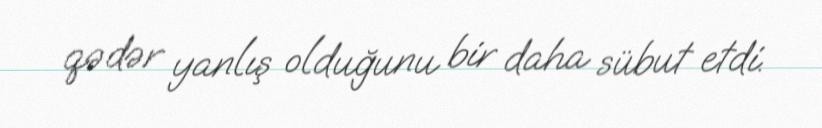
qədər yanlış olduğunu bir daha sübut etdi.